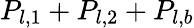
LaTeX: P_{l,1}+P_{l,2}+P_{l,b}